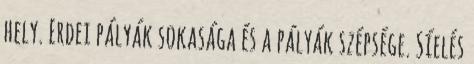
hely. Erdei pályák sokasága és a pályák szépsége. Síelés